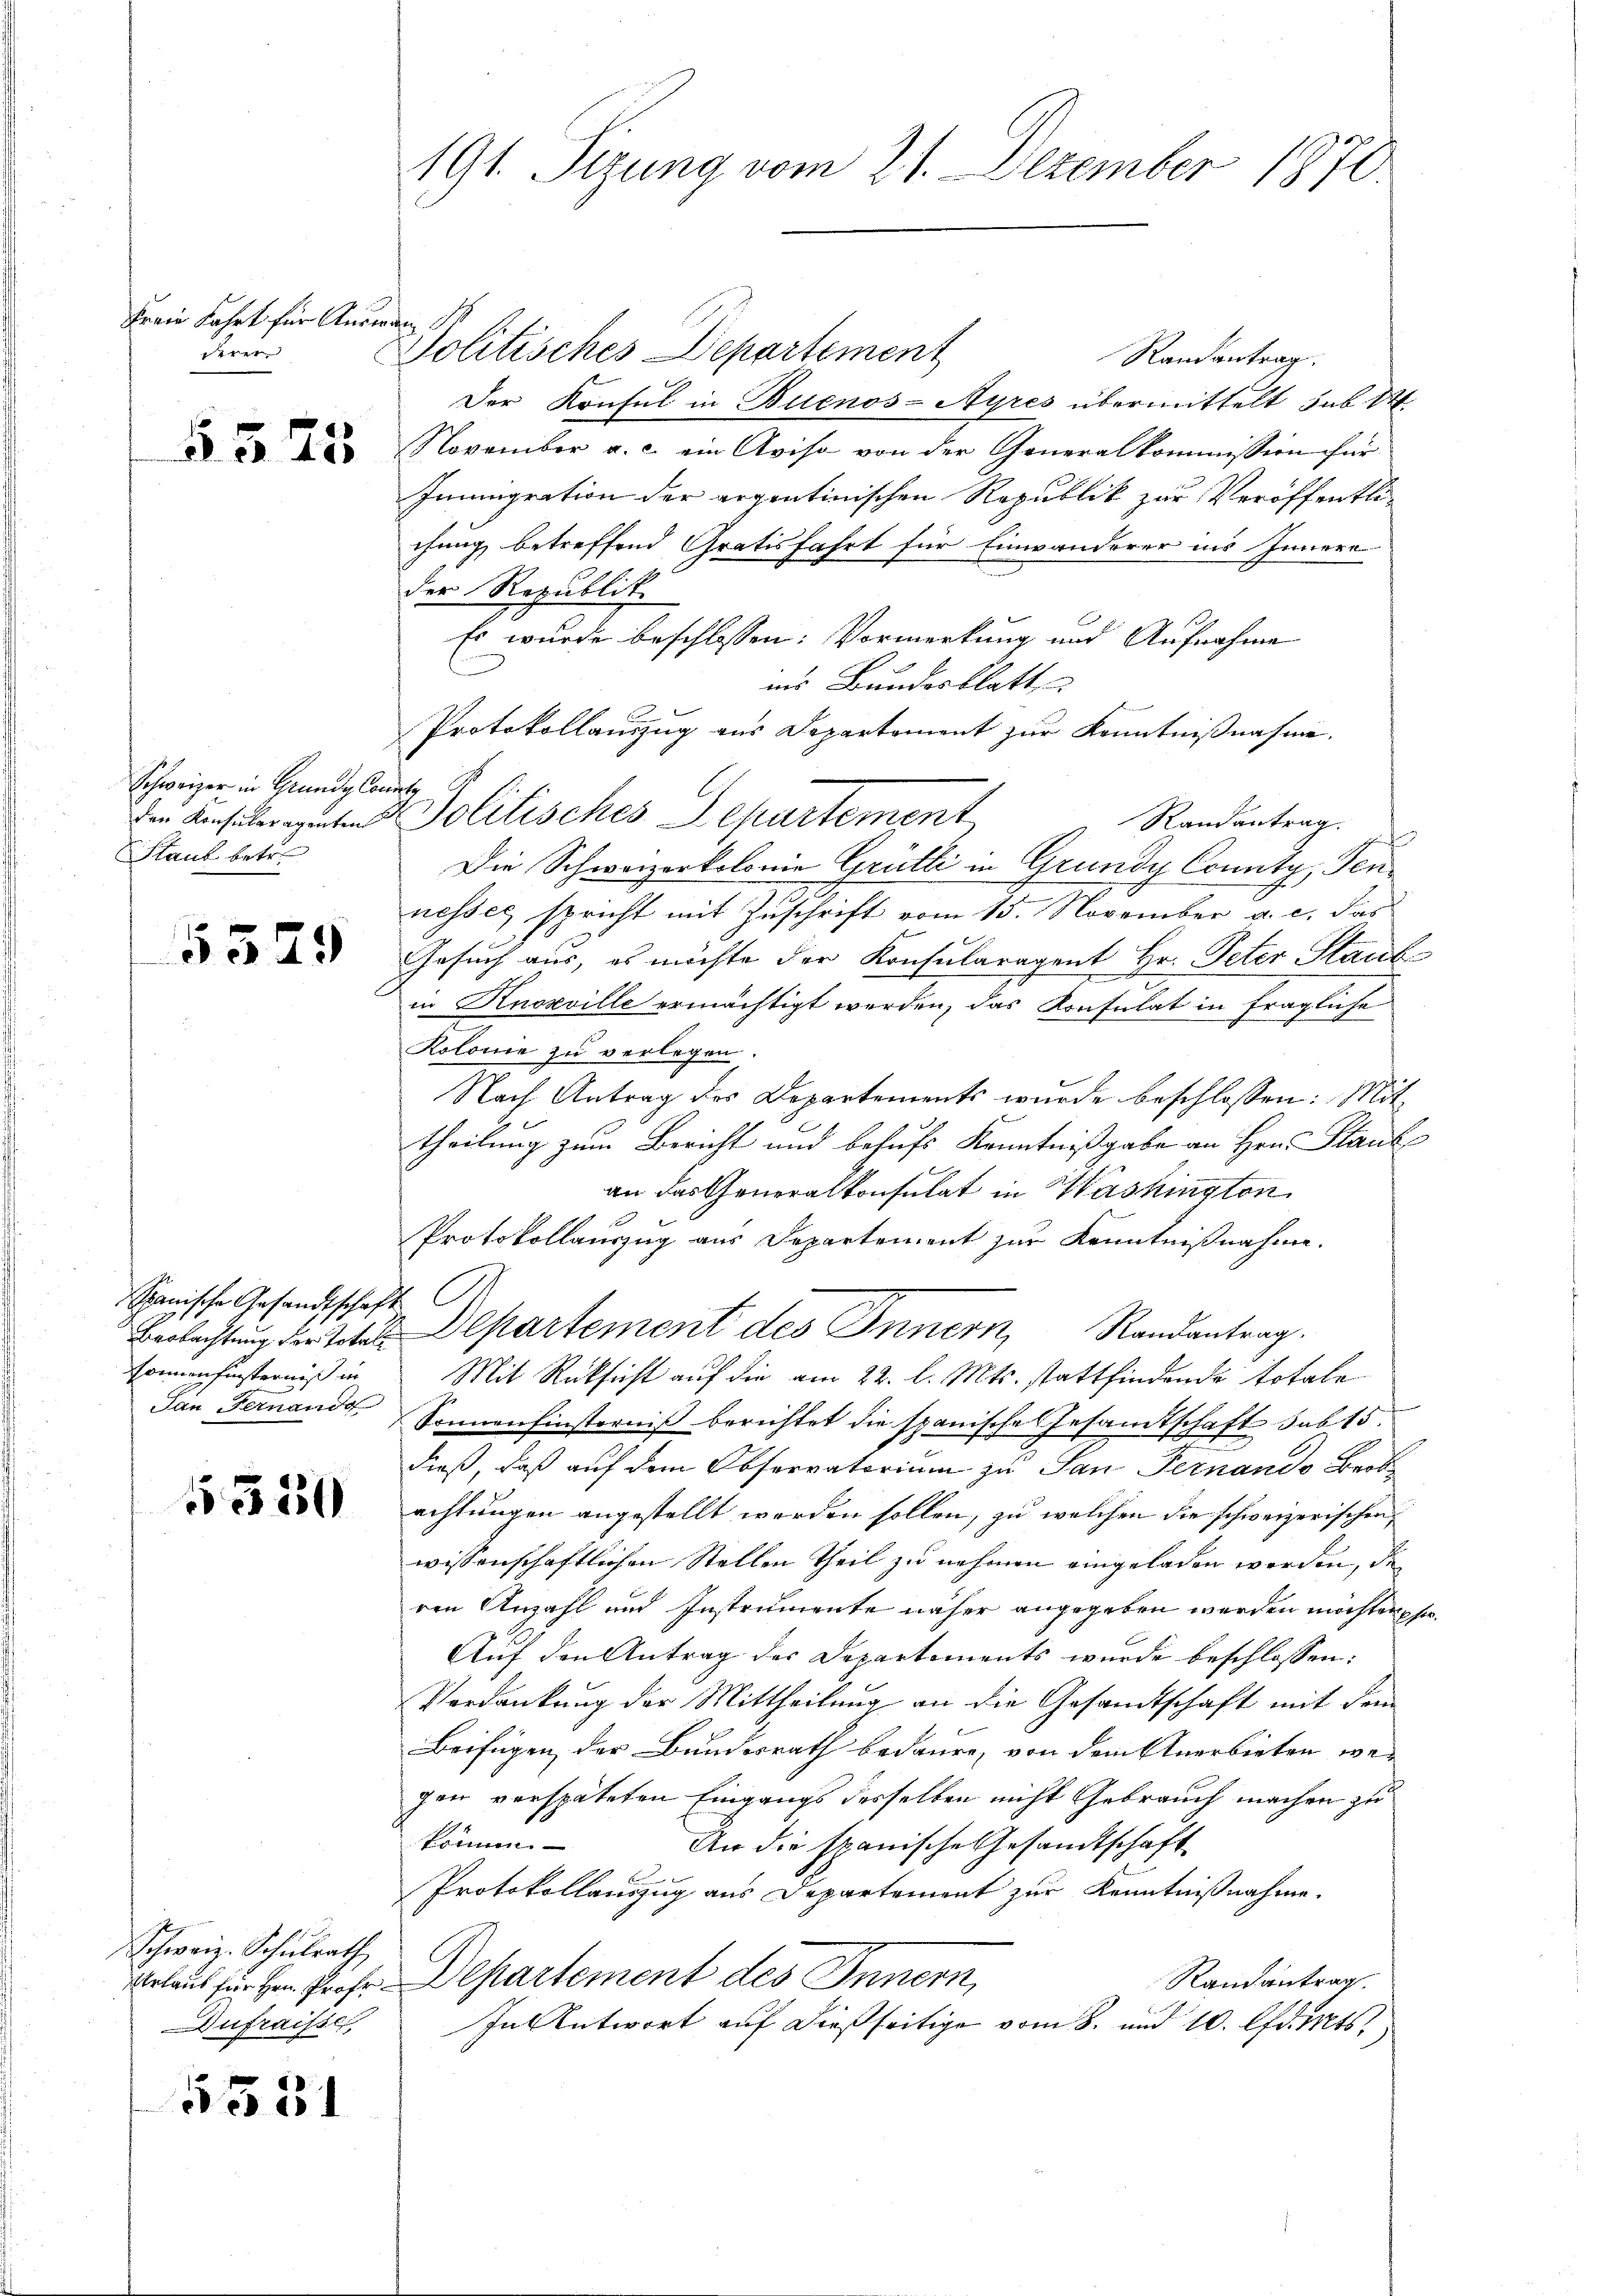
Freie Fahrt für Auswan d
Ferer

55. 75

Schweizer in Grunde Connig
Staub betre

5529

Spanische Gesandtschaft
Sonnenfinsterniß in
Tan Fernand

1380

Schweiz. Schulrath
Dufraisse

5351

191. Sizung vom 21. Dezember 1870.

Politisches Departement
Randantrag.
Der Konsul in Buenos-Ayres übermittelt sub 14
November a. c. ein Aviso von der Generalkommission für
Immigration der argentinischen Republik zur Veröffentlichung betreffend Gratisfahrt für Einwanderer ins Innern
der Republik
Es wurde beschlossen: Vormerkung und Aufnahme
ins Bundesblatt,
Protokollauszug aus Departement zur Kenntnißnahme.
Die Ansüber guten & Politisches Departement
Randantrag.
Die Schweizerkolonie Grütli in Grunde County, Sennesses, spricht mit Zuschrift vom 15. November a. c. das
Gesuch aus, es möchte der Konsularagent Hr. Peter Staub
in Knozville ermächtigt werden, das Konsulat in fragliche
Kolonie zu verlegen.
Nach Antrag des Departements wurde beschlossen: Mit
theilung zum Bericht und behufs Kenntnißgabe an Hrn. Staub
an das Generalkonsulat in Washington
Protokollauszug aus Departement zur Kenntnißnahme.
Beolachtung der Toten Departement des Innern, Randantrag.
Mit Rücksicht auf die am 22. l. Mts. stattfindende totale
Sonnenfinsterniß berichtet die spanische Gesamtschaft sub 15.
dieß, daß auf dem Observatorium zu San Fernando Beob
achtungen angestellt werden sollen, zu welchen die schweizerischen
wissenschaftlichen Stellen Theil zu nehmen eingeladen werden, de
ren Anzahl und Instrumente näher angegeben werden möchten ha¬
Auf den Antrag der Departements wurde beschlossen:
Verdankung der Mittheilung an die Gesandtschaft mit dem
Beifügen der Bundesrath bedaure, von dem Anerbieten wegen verspäteten Eingangs desselben nicht Gebrauch machen zu
t |
An die spanische Gesandtschaft
Protokollauszug aus Departement zur Kenntnißnahme.
rlaub für hrn. Prof. Departement des Innern,
Randantrag.
In Antwort auf dießseitige vom 8. und 10. Edits.